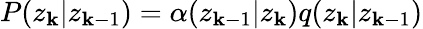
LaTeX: P(z_{\mathbf{k}}|z_{\mathbf{k}-1})=\alpha(z_{\mathbf{k}-1}|z_{\mathbf{k}})q(z_{\mathbf{k}}|z_{\mathbf{k}-1})